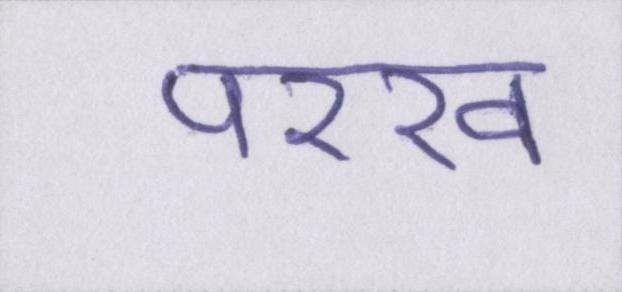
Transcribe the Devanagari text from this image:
परख